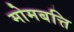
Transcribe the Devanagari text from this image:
मोमबत्ति